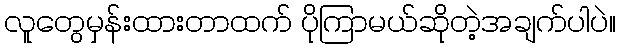
လူတွေမှန်းထားတာထက် ပိုကြာမယ်ဆိုတဲ့အချက်ပါပဲ။